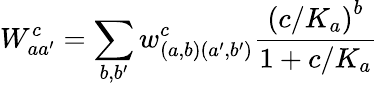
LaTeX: W_{aa^{\prime}}^{c}=\sum_{b,b^{\prime}}w_{\left(a,b\right)\left(a^{\prime},b^{\prime}\right)}^{c}\frac{\left(c/K_{a}\right)^{b}}{1+c/K_{a}}